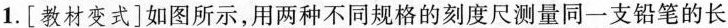
1. [ 教材变式 ]如图所示，用两种不同规格的刻度尺测量同一支铅笔的长